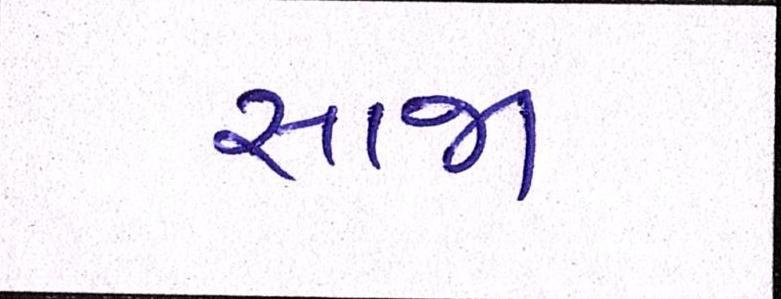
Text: સાજા